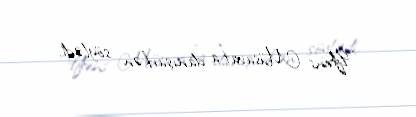
“Yeni Müsavat”a danışarkən söylədi.